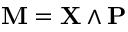
\mathbf { M } = \mathbf { X } \wedge \mathbf { P }